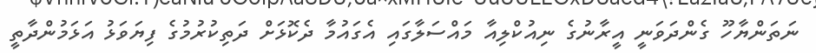
ނަތަންޔާހޫ ގެންދަވަނީ އީރާނުގެ ނިއުކްލިއާ މައްސަލާގައި އެގައުމާ ދެކޮޅަށް ދަތިކުރުމުގެ ފިޔަވަޅު އަޅަމުންދާތީ